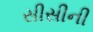
સીસીની